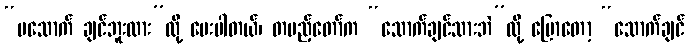
“မသောက် ချင်ဘူးလား”လို့ မေးပါတယ်၊ တပည့်တော်က “သောက်ချင်သားဘဲ”လို့ ပြောတော့ “သောက်ချင်